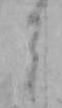
そ